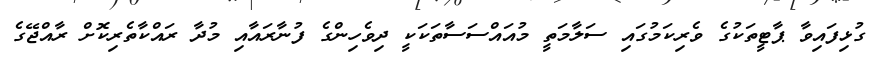
ގުޅިފައިވާ ޕާޓީތަކުގެ ވެރިކަމުގައި ސަލާމަތީ މުއައްސަސާތަކަކީ ދިވެހިންގެ ފުނާރައާއި މުދާ ރައްކާތެރިކޮށް ރާއްޖޭގެ